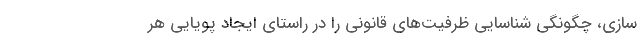
سازی، چگونگی شناسایی ظرفیت‌های قانونی را در راستای ایجاد پویایی هر